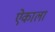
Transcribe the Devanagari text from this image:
ऐकाला